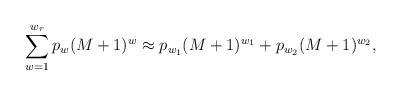
LaTeX: \begin{align*}\sum_{w=1}^{w_{r}} p_{w}(M+1)^{w} \approx p_{w_{1}}(M+1)^{w_{1}} + p_{w_{2}}(M+1)^{w_{2}},\end{align*}